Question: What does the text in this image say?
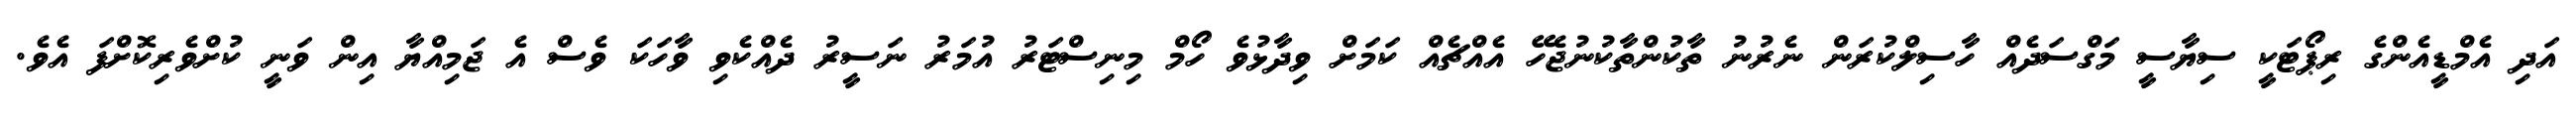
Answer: އަދި އެމްޑީއެންގެ ރިޕޯޓަކީ ސިޔާސީ މަގްސަދެއް ހާސިލްކުރަން ނެރުނު ތާކުންތާކުނުޖެހޭ އެއްޗެއް ކަމަށް ވިދާޅުވެ ހޯމް މިނިސްޓަރު އުމަރު ނަސީރު ދެއްކެވި ވާހަކަ ވެސް އެ ޖަމިއްޔާ އިން ވަނީ ކުށްވެރިކޮށްފަ އެވެ.